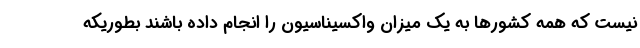
نیست که همه کشورها به یک میزان واکسیناسیون را انجام داده باشند بطوریکه